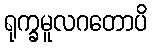
ရုက္ခမူလဂတောပိ